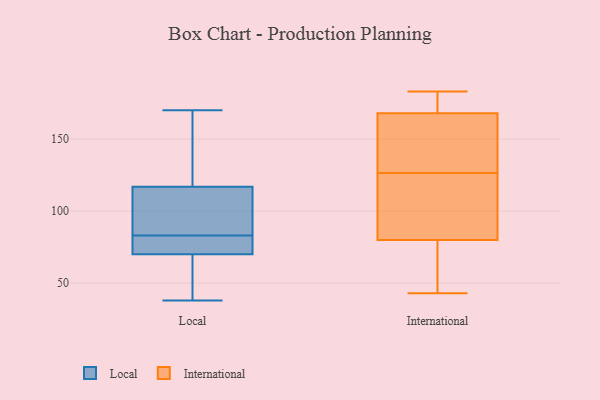
{"axis": {"x": "Gross Profit (USD K)", "y": "Value"}, "legend": ["International", "Local"], "data": [{"x": "", "y": 42, "type": "Local"}, {"x": "", "y": 147, "type": "Local"}, {"x": "", "y": 70, "type": "Local"}, {"x": "", "y": 106, "type": "Local"}, {"x": "", "y": 74, "type": "Local"}, {"x": "", "y": 38, "type": "Local"}, {"x": "", "y": 88, "type": "Local"}, {"x": "", "y": 170, "type": "Local"}, {"x": "", "y": 78, "type": "Local"}, {"x": "", "y": 117, "type": "Local"}, {"x": "", "y": 80, "type": "International"}, {"x": "", "y": 80, "type": "International"}, {"x": "", "y": 46, "type": "International"}, {"x": "", "y": 86, "type": "International"}, {"x": "", "y": 159, "type": "International"}, {"x": "", "y": 183, "type": "International"}, {"x": "", "y": 161, "type": "International"}, {"x": "", "y": 135, "type": "International"}, {"x": "", "y": 43, "type": "International"}, {"x": "", "y": 175, "type": "International"}, {"x": "", "y": 176, "type": "International"}, {"x": "", "y": 89, "type": "International"}, {"x": "", "y": 130, "type": "International"}, {"x": "", "y": 123, "type": "International"}, {"x": "", "y": 51, "type": "International"}, {"x": "", "y": 179, "type": "International"}]}